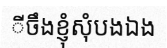
ីចឹងខ្ញុំសុំបងឯង